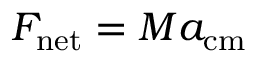
F _ { \mathrm { n e t } } = M a _ { \mathrm { c m } } \;